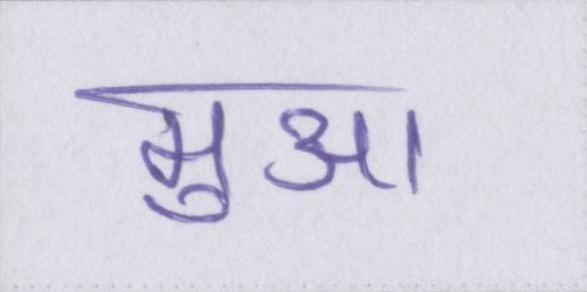
मुआ